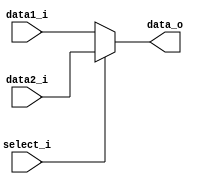
module MUX (
  input [SIZE - 1:0] data1_i,
  input [SIZE - 1:0] data2_i,
  input select_i,
  output [SIZE - 1: 0] data_o
);

parameter SIZE = 1;

assign data_o = select_i ? data2_i : data1_i;

endmodule